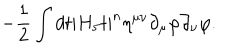
- { \frac { 1 } { 2 } } \int d t | H _ { 5 } t | ^ { n } \eta ^ { \mu \nu } \partial _ { \mu } \varphi \partial _ { \nu } \varphi .